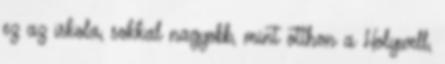
ez az iskola, sokkal nagyobb, mint otthon a Holywell,